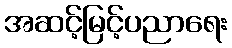
အဆင့်မြင့်ပညာရေး